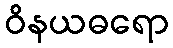
ဝိနယဓရော